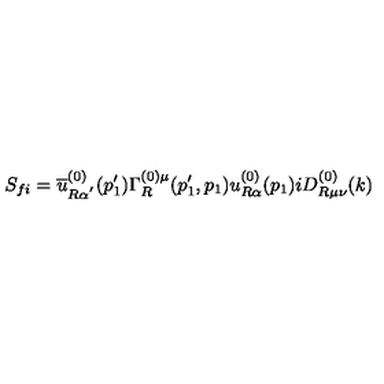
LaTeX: S _ { f i } = \overline { { u } } _ { R \alpha ^ { ^ { \prime } } } ^ { ( 0 ) } ( p _ { 1 } ^ { \prime } ) \Gamma _ { R } ^ { ( 0 ) \mu } ( p _ { 1 } ^ { \prime } , p _ { 1 } ) u _ { R \alpha } ^ { ( 0 ) } ( p _ { 1 } ) i D _ { R \mu \nu } ^ { ( 0 ) } ( k )